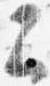
云